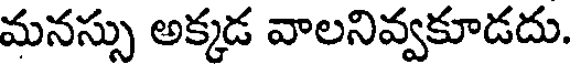
మనస్సు అక్కడ వాలనివ్వకూడదు.